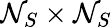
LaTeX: \mathcal{N}_{S}\times\mathcal{N}_{S}